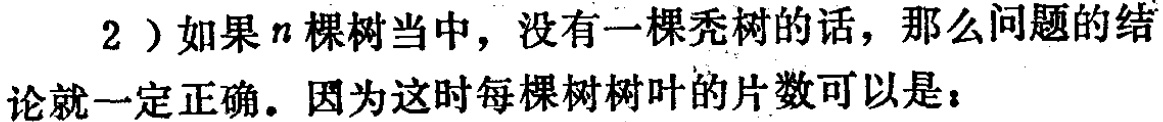
2）如果\(n\)棵树当中，没有一棵秃树的话，那么问题的结论就一定正确。因为这时每棵树树叶的片数可以是：